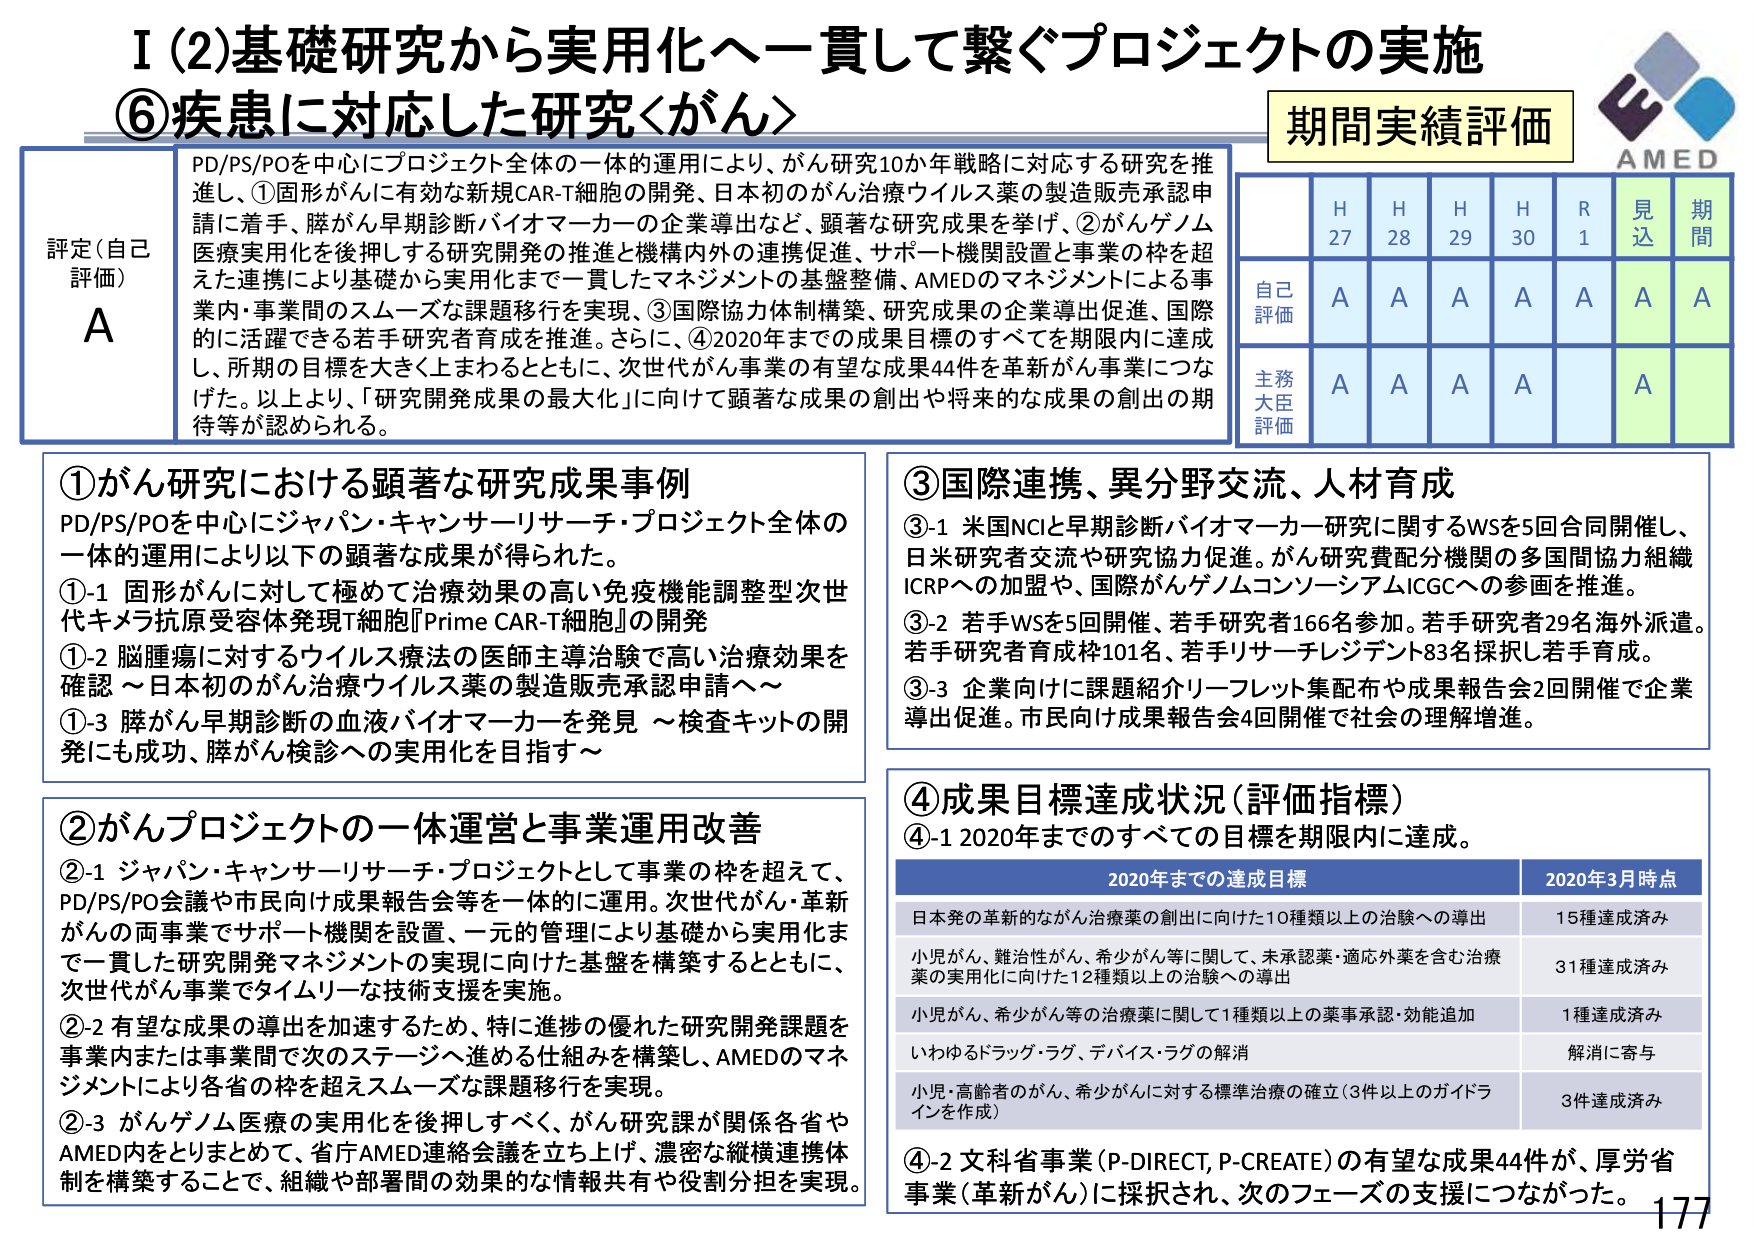
I (2) 基礎研究から実用化へ一貫して繋ぐプロジェクトの実施
⑥ 疾患に対応した研究＜がん＞

評定（自己評価）
A

PD/PS/POを中心にプロジェクト全体の一貫的運用により、がん研究10か年戦略に対応する研究を推進し、①固形がんに有効な新規CAR-T細胞の開発、日本初のがん治療ウイルス薬の製造販売承認申請に着手、膵がん早期診断バイオマーカーの企業導出など、顕著な研究成果を挙げ、②がんゲノム医療実用化を後押しする研究開発の推進と機構内外の連携促進、サポート機関設置と事業の枠を超えた連携により基礎から実用化まで一貫したマネジメントの基盤整備、AMEDのマネジメントによる事業内・事業間のスムーズな課題移行を実現、③国際協力体制構築、研究成果の企業導出促進、国際的に活躍できる若手研究者育成を推進。さらに、④2020年までの成果目標のすべてを期限内に達成し、所期の目標を大きく上まわるとともに、次世代がん事業の有望な成果44件を革新がん事業につなげた。以上より、「研究開発成果の最大化」に向けて顕著な成果の創出や将来的な成果の創出の期待等が認められる。

期間実績評価
AMED
H27 H28 H29 H30 R1 見込 期間
自己評価 A A A A A A A
主務大臣評価 A A A A A

① がん研究における顕著な研究成果事例
PD/PS/POを中心にジャパン・キャンサーリサーチ・プロジェクト全体の一貫的運用により以下の顕著な成果が得られた。
①-1 固形がんに対して極めて治療効果の高い免疫機能調整型次世代キメラ抗原受容体発現T細胞『Prime CAR-T細胞』の開発
①-2 脳腫瘍に対するウイルス療法の医師主導治験で高い治療効果を確認 ～日本初のがん治療ウイルス薬の製造販売承認申請へ～
①-3 膵がん早期診断の血液バイオマーカーを発見 ～検査キットの開発にも成功、膵がん検診への実用化を目指す～

② がんプロジェクトの一貫運営と事業運用改善
②-1 ジャパン・キャンサーリサーチ・プロジェクトとして事業の枠を超えて、PD/PS/PO会議や市民向け成果報告会等を一貫的に運用。次世代がん・革新がんの両事業でサポート機関を設置、一元的管理により基礎から実用化まで一貫した研究開発マネジメントの実現に向けた基盤を構築するとともに、次世代がん事業でタイムリーな技術支援を実施。
②-2 有望な成果の導出を加速するため、特に進捗の優れた研究開発課題を事業内または事業間で次のステージへ進める仕組みを構築し、AMEDのマネジメントにより各省の枠を超えるスムーズな課題移行を実現。
②-3 がんゲノム医療の実用化を後押しすべく、がん研究課が関係各省やAMED内をとりまとめて、省庁AMED連絡会議を立ち上げ、濃密な縦横連携体制を構築することで、組織や部署間の効果的な情報共有や役割分担を実現。

③ 国際連携、異分野交流、人材育成
③-1 米国NCIと早期診断バイオマーカー研究に関するWSを5回合同開催し、日米研究者交流や研究協力促進。がん研究費配分機関の多国間協力組織ICRPへの加盟や、国際がんゲノムコンソーシアムICGCへの参画を推進。
③-2 若手WSを5回開催、若手研究者166名参加。若手研究者29名海外派遣。若手研究者育成枠101名、若手リサーチレジデント83名採択し若手育成。
③-3 企業向けに課題紹介リーフレット集配布や成果報告会2回開催で企業導出促進。市民向け成果報告会4回開催で社会の理解増進。

④ 成果目標達成状況（評価指標）
④-1 2020年までのすべての目標を期限内に達成。

2020年までの達成目標 2020年3月時点
日本発の革新的ながん治療薬の創出に向けた10種類以上の治験への導出 15種達成済み
小児がん、難治性がん、希少がん等に関して、未承認薬・適応外薬を含む治療薬の実用化に向けた12種類以上の治験への導出 31種達成済み
小児がん、希少がん等の治療薬に関して1種類以上の薬事承認・効能追加 1種達成済み
いわゆるドラッグ・ラグ、デバイス・ラグの解消 解消に寄与
小児・高齢者のがん、希少がんに対する標準治療の確立（3件以上のガイドラインを作成） 3件達成済み

④-2 文科省事業（P-DIRECT, P-CREATE）の有望な成果44件が、厚労省事業（革新がん）に採択され、次のフェーズの支援につながった。

177